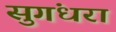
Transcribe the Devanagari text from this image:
सुगंधरा